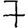
Digit: 7